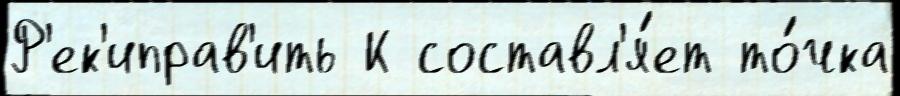
Р'ек'иправ'ить К составл'я́ет то́чка